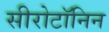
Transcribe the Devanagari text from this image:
सीरोटॉनिन